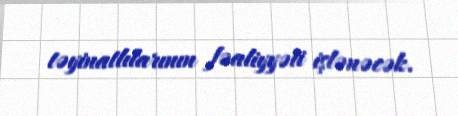
təyinatlılarının fəaliyyəti işlənəcək.